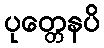
ပုတ္တေနပိ